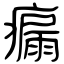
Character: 瘺